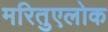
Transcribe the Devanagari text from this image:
मरितुएलोक